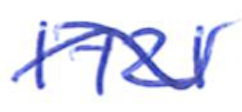
Text: 1721
Cross-out: wave
Writing tool: ballpoint